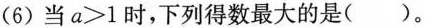
(6)当$$a>1$$时,下列得数最大的是( )。